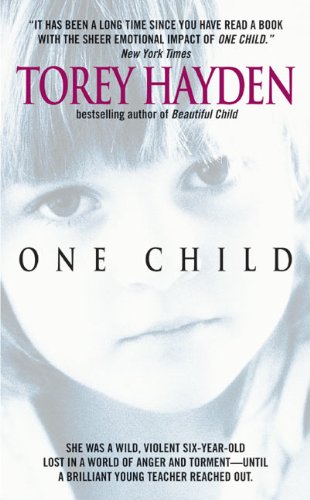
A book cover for One Child; Torey L. Hayden; Teen & Young Adult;